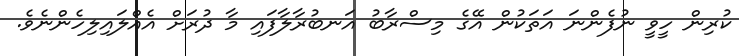
ކުރިން ހީވީ ނުފެންނަ އަތަކުން އޭގެ މިސްރާބު އަނބުރާލާފައި މާ ދުރަށް އެއްލައިލިހެންނެވެ.